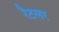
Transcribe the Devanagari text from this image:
रैटलर